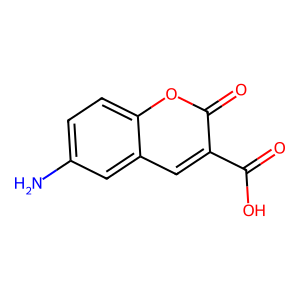
SMILES: Nc1ccc2oc(=O)c(C(=O)O)cc2c1
Inhibits HIV replication: No